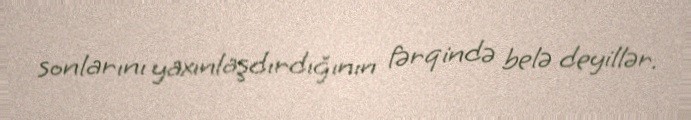
sonlarını yaxınlaşdırdığının fərqində belə deyillər.